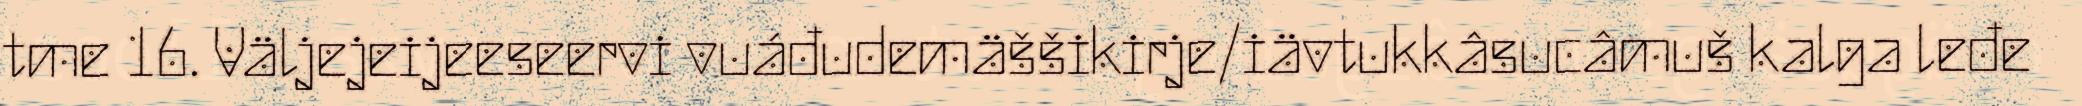
tme 16. Väljejeijeeseervi vuáđudemäššikirje/iävtukkâsucâmuš kalga leđe